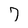
Character: 7